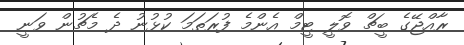
ރާއްޖޭގެ ބީޗް ވޮލީ ޓީމް އެންމެ ފުރަތަމަ ކުޅުނު ދެ މެޗުން ވަނީ